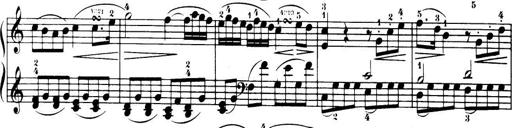
Title: 32 Sonatinas and Rondos for the Piano
Composer: Richard Kleinmichel